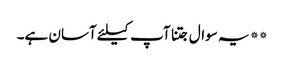
** یہ سوال جتنا آپ کیلئے آسان ہے۔